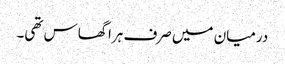
درمیان میں صرف ہرا گھاس تھی۔